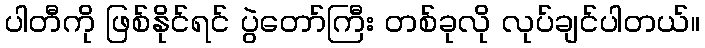
ပါတီကို ဖြစ်နိုင်ရင် ပွဲတော်ကြီး တစ်ခုလို လုပ်ချင်ပါတယ်။